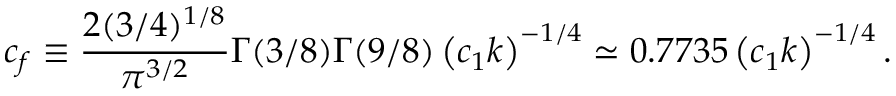
c _ { f } \equiv \frac { 2 ( 3 / 4 ) ^ { 1 / 8 } } { \pi ^ { 3 / 2 } } \Gamma ( 3 / 8 ) \Gamma ( 9 / 8 ) \left( c _ { 1 } k \right) ^ { - 1 / 4 } \simeq 0 . 7 7 3 5 \left( c _ { 1 } k \right) ^ { - 1 / 4 } .